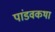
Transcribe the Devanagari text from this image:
पांडवकथा